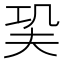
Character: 巬